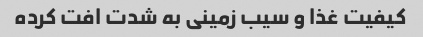
کیفیت غذا و سیب زمینی به شدت افت کرده